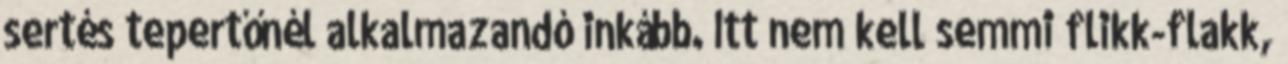
sertés tepertőnél alkalmazandó inkább. Itt nem kell semmi flikk-flakk,